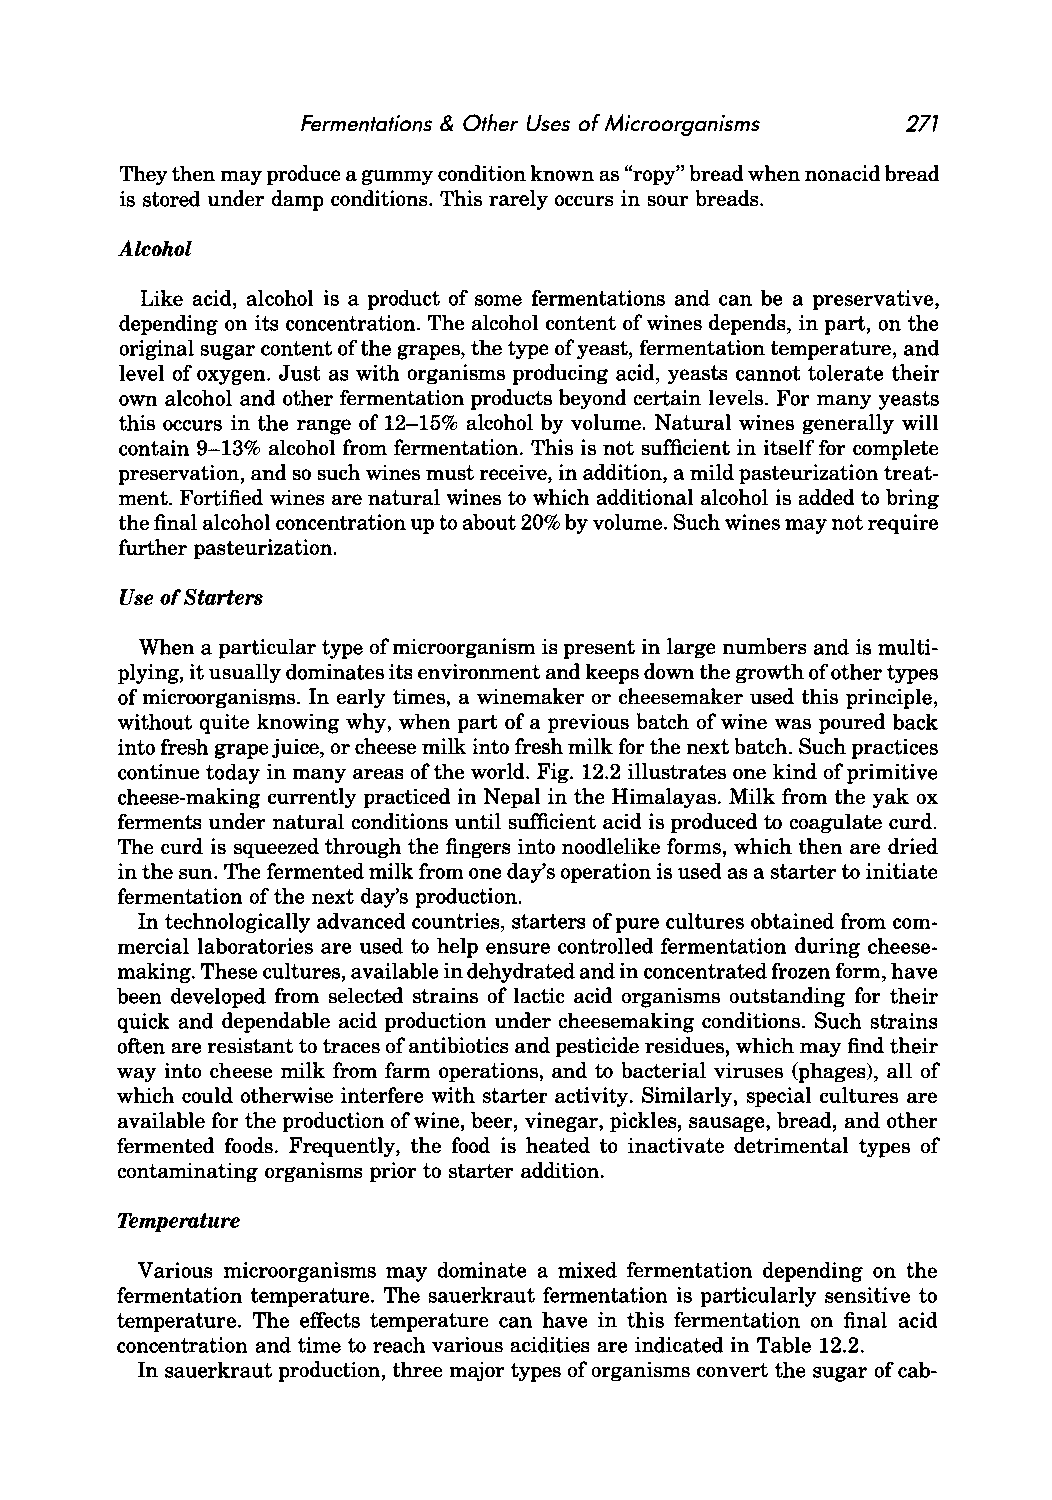
Fermentations & Other Uses of Microorganisms 271
 They then may produce a gummy condition known as "ropy" bread when nonacid bread
 is stored under damp conditions. This rarely occurs in sour breads.
 Alcohol
 Like acid, alcohol is a product of some fermentations and can be a preservative,
 depending on its concentration. The alcohol content of wines depends, in part, on the
 original sugar content of the grapes, the type of yeast, fermentation temperature, and
 level of oxygen. Just as with organisms producing acid, yeasts cannot tolerate their
 own alcohol and other fermentation products beyond certain levels. For many yeasts
 this occurs in the range of 12-15% alcohol by volume. Natural wines generally will
 contain 9-13% alcohol from fermentation. This is not sufficient in itself for complete
 preservation, and so such wines must receive, in addition, a mild pasteurization treat
 ment. Fortified wines are natural wines to which additional alcohol is added to bring
 the final alcohol concentration up to about 20% by volume. Such wines may not require
 further pasteurization.
 Use of Starters
 When a particular type of microorganism is present in large numbers and is multi
 plying, it usually dominates its environment and keeps down the growth of other types
 of microorganisms. In early times, a winemaker or cheesemaker used this principle,
 without quite knowing why, when part of a previous batch of wine was poured back
 into fresh grape juice, or cheese milk into fresh milk for the next batch. Such practices
 continue today in many areas of the world. Fig. 12.2 illustrates one kind of primitive
 cheese-making currently practiced in Nepal in the Himalayas. Milk from the yak ox
 ferments under natural conditions until sufficient acid is produced to coagulate curd.
 The curd is squeezed through the fingers into noodlelike forms, which then are dried
 in the sun. The fermented milk from one day's operation is used as a starter to initiate
 fermentation of the next day's production.
 In technologically advanced countries, starters of pure cultures obtained from com
 mercial laboratories are used to help ensure controlled fermentation during cheese
 making. These cultures, available in dehydrated and in concentrated frozen form, have
 been developed from selected strains of lactic acid organisms outstanding for their
 quick and dependable acid production under cheesemaking conditions. Such strains
 often are resistant to traces of antibiotics and pesticide residues, which may find their
 way into cheese milk from farm operations, and to bacterial viruses (phages), all of
 which could otherwise interfere with starter activity. Similarly, special cultures are
 available for the production of wine, beer, vinegar, pickles, sausage, bread, and other
 fermented foods. Frequently, the food is heated to inactivate detrimental types of
 contaminating organisms prior to starter addition.
 Temperature
 Various microorganisms may dominate a mixed fermentation depending on the
 fermentation temperature. The sauerkraut fermentation is particularly sensitive to
 temperature. The effects temperature can have in this fermentation on final acid
 concentration and time to reach various acidities are indicated in Table 12.2.
 In sauerkraut production, three major types of organisms convert the sugar of cab-